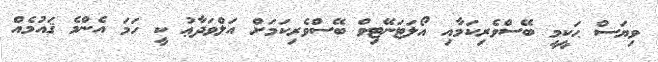
ވިޔަސް ޙަކީމީ ބޭސްވެރިކަމާއި އޯލަޓަނޭޓިވް ބޭސްވެރިކަމަށް އަލްވަދާޢު ކީ ހަމަ އެންމެ ޤައުމެއް